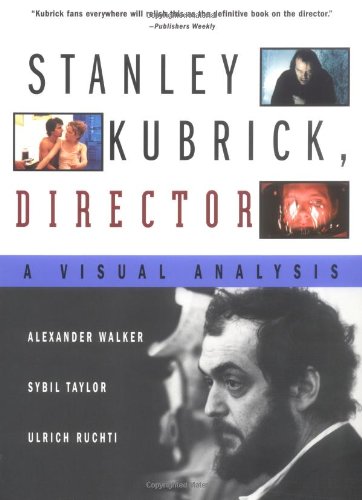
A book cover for Stanley Kubrick, Director: A Visual Analysis; Ulrich Ruchti; Arts & Photography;